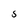
Character: 5